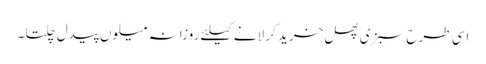
اسی طرح سبزی پھل خرید کر لانے کیلئے روزانہ میلوں پیدل چلتا ۔